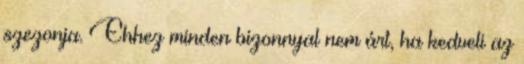
szezonja. Ehhez minden bizonnyal nem árt, ha kedveli az